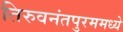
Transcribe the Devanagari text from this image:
तिरुवनंतपुरममध्ये